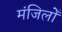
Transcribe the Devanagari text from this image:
मंजिलोँ